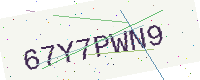
Text: 67Y7PWN9